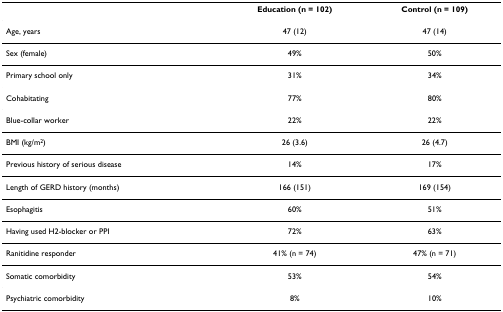
|  | Education (n = 102) | Control (n = 109) |
 | --- | --- | --- |
 | Age, years | 47 (12) | 47 (14) |
 | Sex (female) | 49% | 50% |
 | Primary school only | 31% | 34% |
 | Cohabitating | 77% | 80% |
 | Blue-collar worker | 22% | 22% |
 | BMI (kg/m2) | 26 (3.6) | 26 (4.7) |
 | Previous history of serious disease | 14% | 17% |
 | Length of GERD history (months) | 166 (151) | 169 (154) |
 | Esophagitis | 60% | 51% |
 | Having used H2-blocker or PPI | 72% | 63% |
 | Ranitidine responder | 41% (n = 74) | 47% (n = 71) |
 | Somatic comorbidity | 53% | 54% |
 | Psychiatric comorbidity | 8% | 10% |